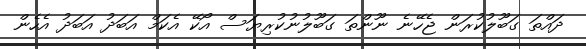
ދައްތަ ގަބޫލުކުރަން ޖެހޭނެ ނޫންތަ ގަބޫލުނުކުރިޔަސް އޯކޭ އެކަމް އަބަދު އަބަދު އެހެން